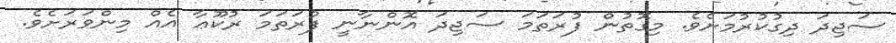
ސަޖިދަ ދިގުކުރުމަށެވެ. މިގޮތުން ފުރަތަމަ ސަޖިދަ އޮންނާނީ ފުރަތަމަ ރުކޫޢާ އެއް މިންވަރަށެވެ.